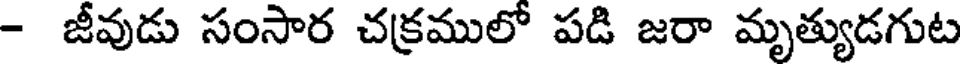
- జీవుడు సంసార చక్రములో పడి జరా మృత్యుడగుట